system: You are a helpful assistant.
user:
Analyze the provided spectrum to determine if it is a **M-type Giant (gM)**.

A M-type Giant spectrum is defined by its **strong molecular absorption** features, particularly from **Titanium Oxide (TiO)**. You must check for one of the following mutually exclusive signatures:

- **Key Visual Indicators (Absorption-Dominated Spectrum):**

    - **(Primary):** The spectrum is dominated by strong molecular absorption from **Titanium Oxide (TiO)**. This is the **defining feature** of its M-type temperature class.
        - **(Key Bandheads):** Look for sharp, "saw-tooth" absorption valleys. The strongest are located near **~7050 Å**, **~6160 Å**, and **~5170 Å**.
        - **(Line Profile):** The "saw-tooth" morphology is critical: a **sharp, steep drop on the BLUE (short-wavelength) side** of the bandhead, followed by a gradual recovery (rising flux) towards the RED (long-wavelength) side.

    - **(Key Confirmation - Giant vs. Dwarf):** **ABSENCE** of strong **Calcium Hydride (CaH)** molecular bands. This is the primary diagnostic for *excluding* M-dwarfs.
        - **(Key Region):** The spectrum should lack the strong, broad absorption band seen in dwarfs between **~6800 Å and ~7000 Å**.

    - **(Secondary Confirmation - Giant):** A very strong and broad **Neutral Calcium (Ca I)** atomic absorption line.
        - **(Key Line):** Located at **~4226 Å**. In a giant (gM), this line is significantly deeper and broader than the same line in an M-dwarf (dM) due to low surface gravity.

    - **(Overall Spectrum):**
        - The continuum is **extremely red-sloping** (i.e., flux is very low in the blue and rises dramatically towards the red).
        - The entire spectrum appears "chopped up" by the deep TiO bands.

Think first, call **spectral_visualization_tool** if needed to examine features in detail, then provide your final answer. Your response must adhere to the following strict rules:
1.  **Overall Structure:** Your response must follow the format `<think>...</think> <tool_call>...</tool_call> (if a tool is used) <answer>...</answer>`.
2.  **Tool Usage Constraint:** You may only make **one** tool call per turn.
3.  **Final Answer Format:** In the `<answer>` tag, your conclusion must be inside a `\boxed{}` command (e.g., `\boxed{YES}` or `\boxed{NO}`), followed by your justification.

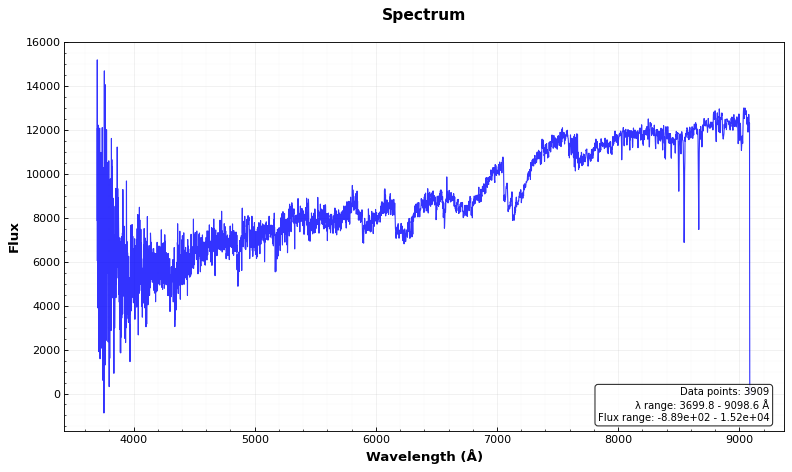
Answer: YES